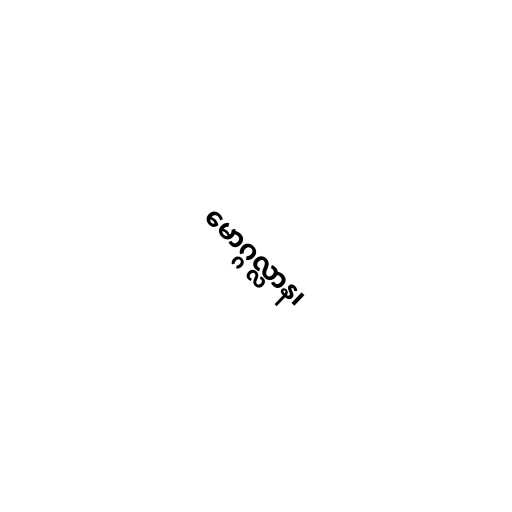
မောဂ္ဂလ္လာန၊